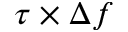
\tau \times \Delta f